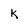
Character: k